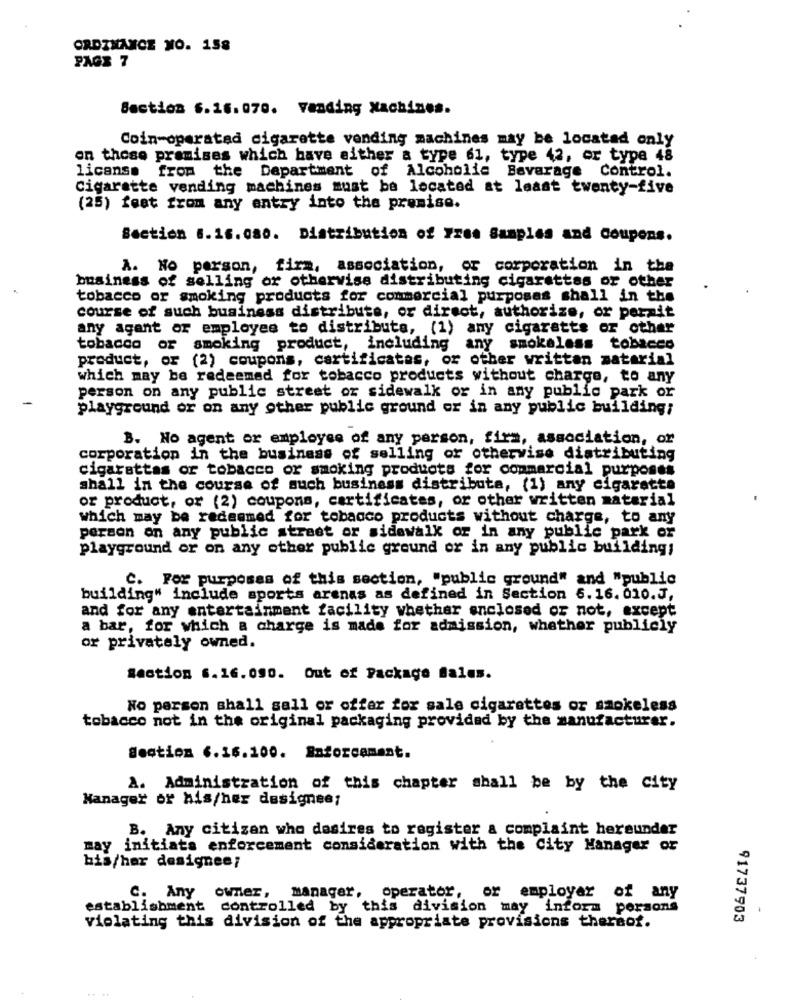
ORDINANCE NO. 158
PAGE 7
Section 6.16.070. vending Machines.
Coin-operated cigarette vending machines may be located only
en these premises which have either a type 61, type 42, or type 48
licanss from the Department of Alcoholic Beverage Control.
Cigarette vending machines must be located at least twenty-five
(25) feet from any entry into the premise.
Section 8.16.080. Distribution of Free Samples and Coupons.
A. No person, firm, association, or corporation in the
business of selling or otherwise distributing cigarettes or other
tobacco or smoking products for commercial purposes shall in the
course of such business distribute, or direct, authorize, or porait
any agant or employee to distribute, (1) any cigarette or other
tobacco or smoking product, including any smokeless tobacco
product, or (2) coupons, cartificatas, or other written material
which may be redeemed for tobacco products without charge, to any
person on any public street or sidewalk or in any public park or
playground or on any other public ground or in any public building;
B. No agent or employee of any person, firm, association, or
corporation in the business of selling or otherwise distributing
cigarattas or tobacco or smoking products for commercial purposes
shall in the course of such business distribute, (1) any cigarette
or product, or (2) coupons, certificates, or other written material
which may be redeemed for tobacco products without charge, to any
person on any public street or sidewalk or in any public park or
playground or on any other public ground or in any public buildings
C. For purposes of this section, "public ground" and "public
building" include sports arenas as defined in Section 6.16.010.J,
and for any entertainment facility whether enclosed or not, except
a bar, for which a charge is made for admission, whether publicly
or privately owned.
Raction 6.16.090. Out of Package Sales.
No person shall sall or offer for sale cigarettes or smokeless
tobacco not in the original packaging provided by the manufacturer.
Section 6.16.100. Enforcement.
A. Administration of this chapter shall be by the city
Manager or his/her designee;
B. Any citizen who desires to register a complaint hereunder
may initiate enforcement consideration with the City Manager or
bis/her designee;
C. Any owner, Manager,
operator, or employer of any
establishment
controlled by this division may inform persons
-
violating this division of the appropriate provisions there
91737903